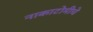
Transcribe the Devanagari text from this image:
नाकाटोमीचे